Annual report on the health of the army in India
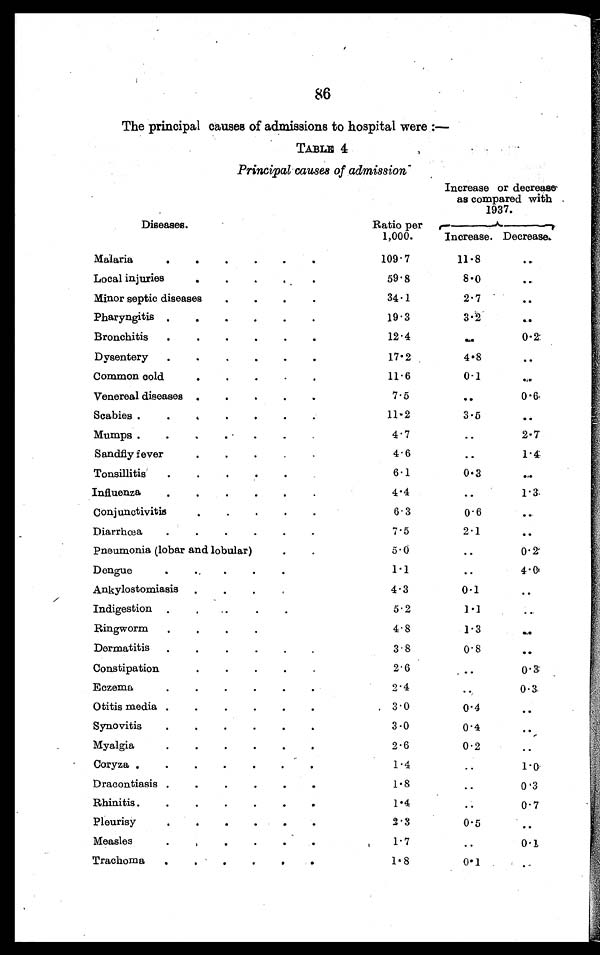
86
The principal causes of admissions to hospital were : —
T A B L E4
Principal causes of admission
Increase or decrease
as compared with
1937.
Diseases.
Ratio per
1,000.
Increase. Decrease.
Malaria . . .
109.7
11.8
. . .
Local injuries . . .
59.8
8.0
. . .
Minor septic diseases . . .
34.1
2.7
. . .
Pharyngitis . . .
19.3
3.2
. . .
Bronchitis . . .
12.4
. . . 0.2
Dysentery . . .
17.2
4 .8
. . .
Common cold. . .
11 . 6
0.1
. . .
Venereal diseases . . .
7.5
. . . 0.6
Scabies . . .
11.2
3.5
. . .
Mumps . . .
4.7
. . . 2.7
Sandfly fever . . .
4.6
. . . 1.4
Tonsillitis . . .
6.1
0.3
. . .
Influenza . . .
4.4
. . . 1.3
Conjunctivitis . . .
6.3
0.6
. . .
Diarrhœa . . .
7 . 5
2.1
. . .
Pneumonia (lobar and lobular). . .
5.0
. . . 0.2
Dengue . . .
1.1
. . . 4.0
Ankylostomiasis . . .
4.3
0.1
. . .
Indigestion . . .
5.2
1.1
. . .
Ringworm . . .
4.8
1.3
. . .
Dermatitis . . .
3.8
0.8
. . .
Constipation. . .
2.6
. . .
0.3
Eczema. . .
2.4
. . . 0.3
Otitis media . . .
3.0
0.4
. . .
Synovitis . . .
3.0
0.4
. . .
Myalgia. . .
2.6
0.2
. . .
Coryza . . .
1 .4
. . . 1 . 0
Dracontiasis . . .
1.8
. . . 0.3
Rhinitis . . .
1.4
. . .
0. 7
Pleurisy . . .
2.3
0.5
. . .
Measles . . .
1.7
. . .
0.1
Trachorn a . . .
1.8
0.1
. . .